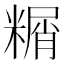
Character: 糏